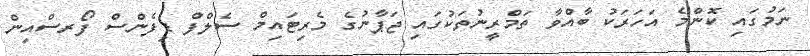
ނަމުގައި ކޮންމެ އަހަރަކު ބާއްވާ ތަމްރީނުތަކުގައި ޖަޕާނުގެ މެރިޓައިމް ސެލްފް ޑިފެންސް ފޯރސްއިން